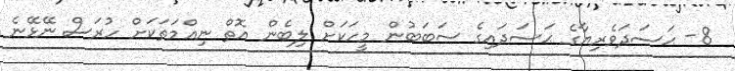
8- ޙަސަދަވެރިޔާގެ ޙަސަދައިގެ ސަބަބުން މީހަކަށް ލިބެން އޮތް ނިޢްމަތަކަށް ހުރަސް ނޭޅޭނެ